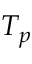
T _ { p }